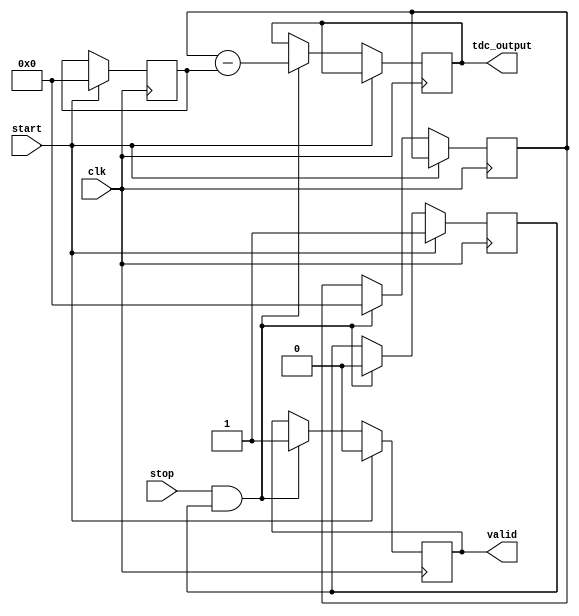
module TDC_Vernier (
    input wire clk,                // System clock
    input wire start,              // Start signal
    input wire stop,               // Stop signal
    output reg [N-1:0] tdc_output, // Time difference output
    output reg valid               // Output valid signal
);

parameter DELAY_A_INC = 1;       // Fixed delay increment for Delay Line A (in ns)
parameter DELAY_B_INC = 0.9;     // Fixed delay increment for Delay Line B (in ns)
parameter MAX_COUNT = 255;        // Maximum count for the delay lines
parameter N = 8;                  // Output width (number of bits for output)

reg [N-1:0] delayA [0:MAX_COUNT]; // Delay line A
reg [N-1:0] delayB [0:MAX_COUNT]; // Delay line B
reg [N-1:0] start_time;           // Start time capture
reg [N-1:0] stop_time;            // Stop time capture
reg measuring;                    // Flag to indicate measurement state
integer i;

initial begin
    // Initialize delay lines
    for (i = 0; i < MAX_COUNT; i = i + 1) begin
        delayA[i] = i * DELAY_A_INC;
        delayB[i] = i * DELAY_B_INC;
    end
    valid = 0;
end

always @(posedge clk) begin
    if (start) begin
        // Start the measurement process
        measuring <= 1;
        start_time <= 0; // Assuming start_time captures the current counter
        valid <= 0;
    end
    else if (stop && measuring) begin
        // Stop the measurement process
        measuring <= 0;
        stop_time <= 0; // Assuming stop_time captures the current counter

        // Calculate time difference based on delay lines
        tdc_output <= stop_time - start_time; // This needs to be adapted to real time capturing
        valid <= 1; // Signal that output is valid
    end
end

endmodule